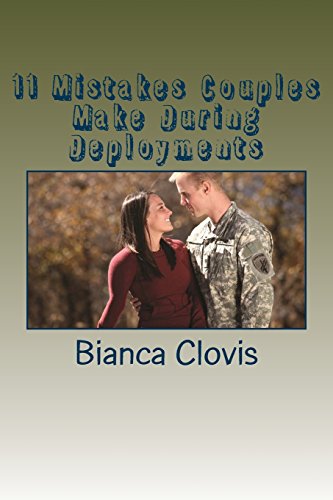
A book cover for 11 Mistakes Couples Make During Deployments; Bianca Clovis; Parenting & Relationships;